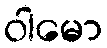
ဝါမော